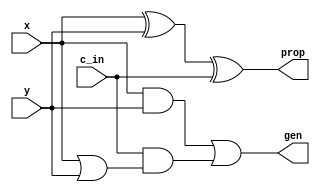
module pg_in (
    input x, y, c_in, 
    output gen, prop
);

assign gen = (x & y) | (c_in & (x | y));
assign prop = x ^ y ^ c_in;

endmodule